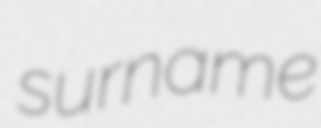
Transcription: surname